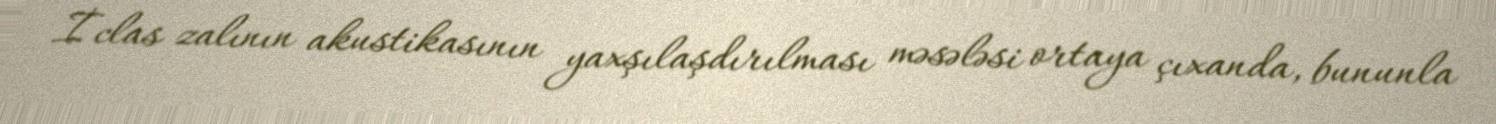
İclas zalının akustikasının yaxşılaşdırılması məsələsi ortaya çıxanda, bununla